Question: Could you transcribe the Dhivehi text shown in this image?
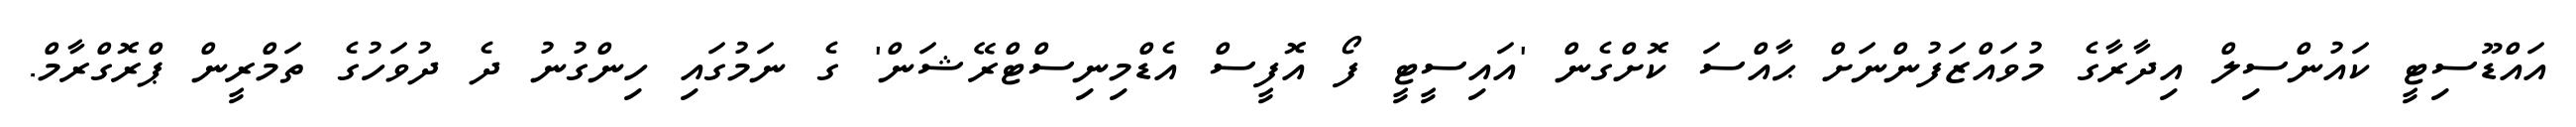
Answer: އައްޑޫސިޓީ ކައުންސިލް އިދާރާގެ މުވައްޒަފުންނަށް ޙާއްސަ ކޮށްގެން 'އައިސީޓީ ފޯ އޮފީސް އެޑްމިނިސްޓްރޭޝަން' ގެ ނަމުގައި ހިންގުނު ދެ ދުވަހުގެ ތަމްރީން ޕްރޮގްރާމް.